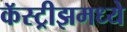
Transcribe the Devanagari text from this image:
कॅस्ट्रीझमध्ये